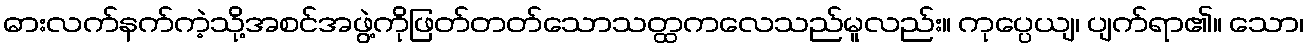
ဓားလက်နက်ကဲ့သို့အစင်အဖွဲ့ကိုဖြတ်တတ်သောသတ္ထကလေသည်မူလည်း။ ကုပ္ပေယျ၊ ပျက်ရာ၏။ သော၊